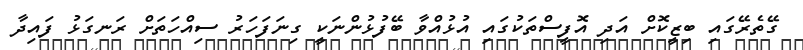
ގޭތެރޭގައި ބިޒީކޮށް އަދި އޮފީސްތަކުގައި އުޅުއްވާ ބޭފުޅުންނަކީ ގިނަފަހަރު ސިއްހަތަށް ރަނގަޅު ފައިދާ